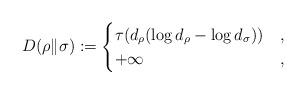
LaTeX: \begin{align*}D(\rho\|\sigma):=\begin{cases}\tau(d_\rho(\log d_\rho-\log d_\sigma)) & , \\+\infty & ,\end{cases}\end{align*}